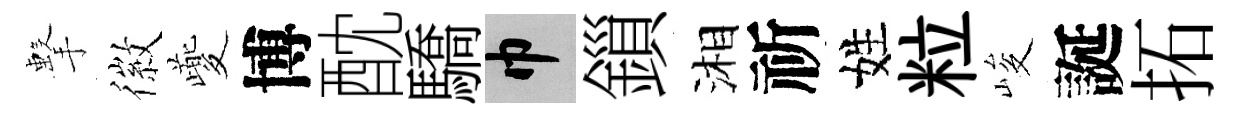
擊徽夔博酖驕巾鎻湘祈姓粒峻誕拓